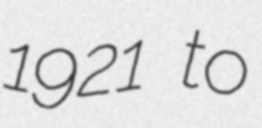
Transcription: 1921 to